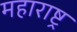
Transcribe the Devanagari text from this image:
महाराष्ट्र